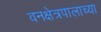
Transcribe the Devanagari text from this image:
वनक्षेत्रपालाच्या